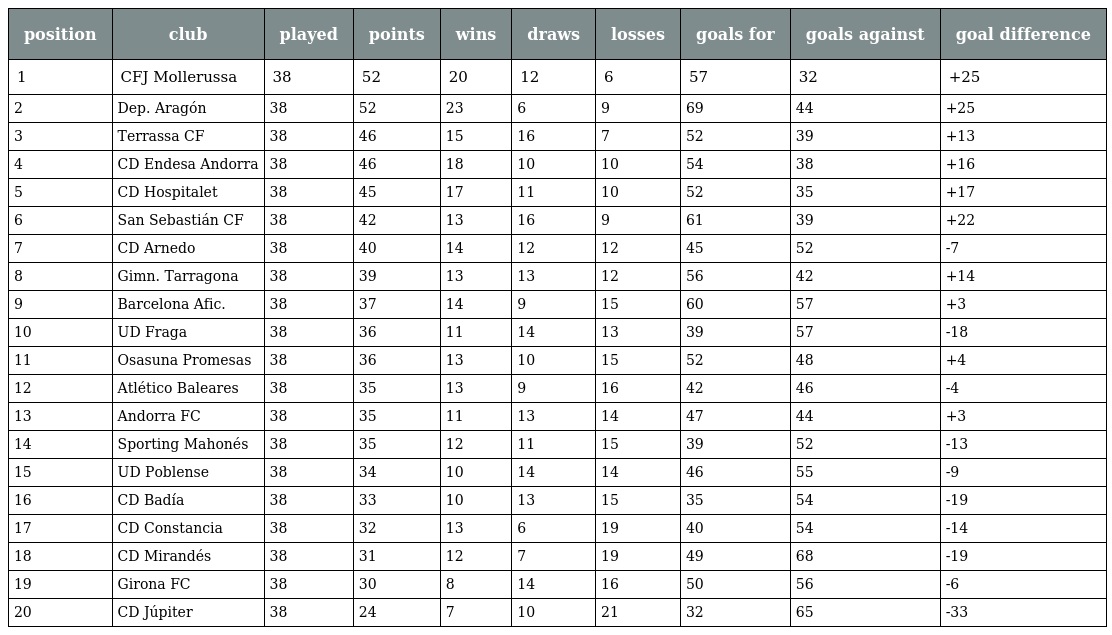
| position | club | played | points | wins | draws | losses | goals for | goals against | goal difference |
 | --- | --- | --- | --- | --- | --- | --- | --- | --- | --- |
 | 1 | CFJ Mollerussa | 38 | 52 | 20 | 12 | 6 | 57 | 32 | +25 |
 | 2 | Dep. Aragón | 38 | 52 | 23 | 6 | 9 | 69 | 44 | +25 |
 | 3 | Terrassa CF | 38 | 46 | 15 | 16 | 7 | 52 | 39 | +13 |
 | 4 | CD Endesa Andorra | 38 | 46 | 18 | 10 | 10 | 54 | 38 | +16 |
 | 5 | CD Hospitalet | 38 | 45 | 17 | 11 | 10 | 52 | 35 | +17 |
 | 6 | San Sebastián CF | 38 | 42 | 13 | 16 | 9 | 61 | 39 | +22 |
 | 7 | CD Arnedo | 38 | 40 | 14 | 12 | 12 | 45 | 52 | -7 |
 | 8 | Gimn. Tarragona | 38 | 39 | 13 | 13 | 12 | 56 | 42 | +14 |
 | 9 | Barcelona Afic. | 38 | 37 | 14 | 9 | 15 | 60 | 57 | +3 |
 | 10 | UD Fraga | 38 | 36 | 11 | 14 | 13 | 39 | 57 | -18 |
 | 11 | Osasuna Promesas | 38 | 36 | 13 | 10 | 15 | 52 | 48 | +4 |
 | 12 | Atlético Baleares | 38 | 35 | 13 | 9 | 16 | 42 | 46 | -4 |
 | 13 | Andorra FC | 38 | 35 | 11 | 13 | 14 | 47 | 44 | +3 |
 | 14 | Sporting Mahonés | 38 | 35 | 12 | 11 | 15 | 39 | 52 | -13 |
 | 15 | UD Poblense | 38 | 34 | 10 | 14 | 14 | 46 | 55 | -9 |
 | 16 | CD Badía | 38 | 33 | 10 | 13 | 15 | 35 | 54 | -19 |
 | 17 | CD Constancia | 38 | 32 | 13 | 6 | 19 | 40 | 54 | -14 |
 | 18 | CD Mirandés | 38 | 31 | 12 | 7 | 19 | 49 | 68 | -19 |
 | 19 | Girona FC | 38 | 30 | 8 | 14 | 16 | 50 | 56 | -6 |
 | 20 | CD Júpiter | 38 | 24 | 7 | 10 | 21 | 32 | 65 | -33 |